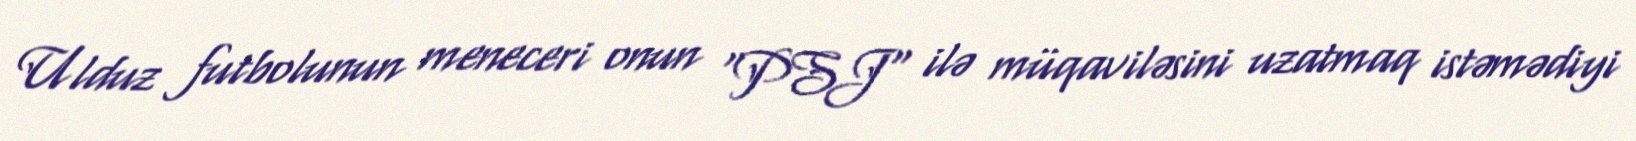
Ulduz futbolunun meneceri onun "PSJ" ilə müqaviləsini uzatmaq istəmədiyi